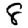
Digit: 8